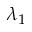
\lambda _ { 1 }